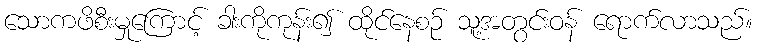
သောကဖိစီးမှုကြောင့် ခါးကိုကုန်း၍ ထိုင်နေစဉ် သူ့အတွင်းဝန် ရောက်လာသည်။